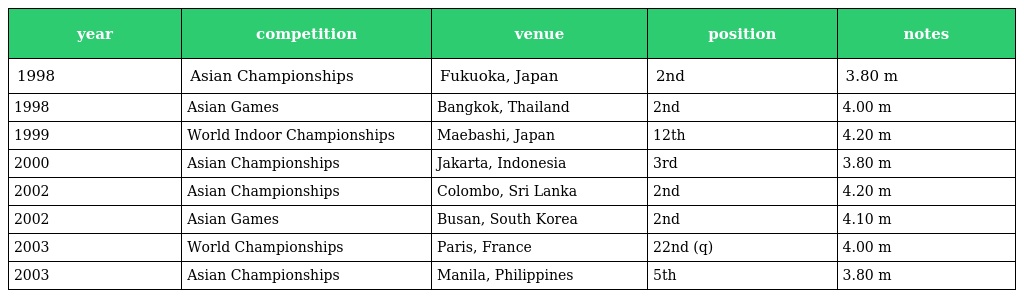
| year | competition | venue | position | notes |
 | --- | --- | --- | --- | --- |
 | 1998 | Asian Championships | Fukuoka, Japan | 2nd | 3.80 m |
 | 1998 | Asian Games | Bangkok, Thailand | 2nd | 4.00 m |
 | 1999 | World Indoor Championships | Maebashi, Japan | 12th | 4.20 m |
 | 2000 | Asian Championships | Jakarta, Indonesia | 3rd | 3.80 m |
 | 2002 | Asian Championships | Colombo, Sri Lanka | 2nd | 4.20 m |
 | 2002 | Asian Games | Busan, South Korea | 2nd | 4.10 m |
 | 2003 | World Championships | Paris, France | 22nd (q) | 4.00 m |
 | 2003 | Asian Championships | Manila, Philippines | 5th | 3.80 m |